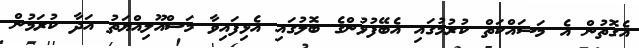
އެގޮތުން އެ މަސައްކަތް ކުރުމުގައި އެބޭފުޅުންގެ ބޮލުގައި އެޅިފައިވާ މަސްއޫލިއްޔަތު އަދާ ކުރަމުން